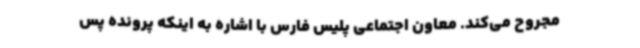
مجروح می‌کند. معاون اجتماعی پلیس فارس با اشاره به اینکه پرونده پس